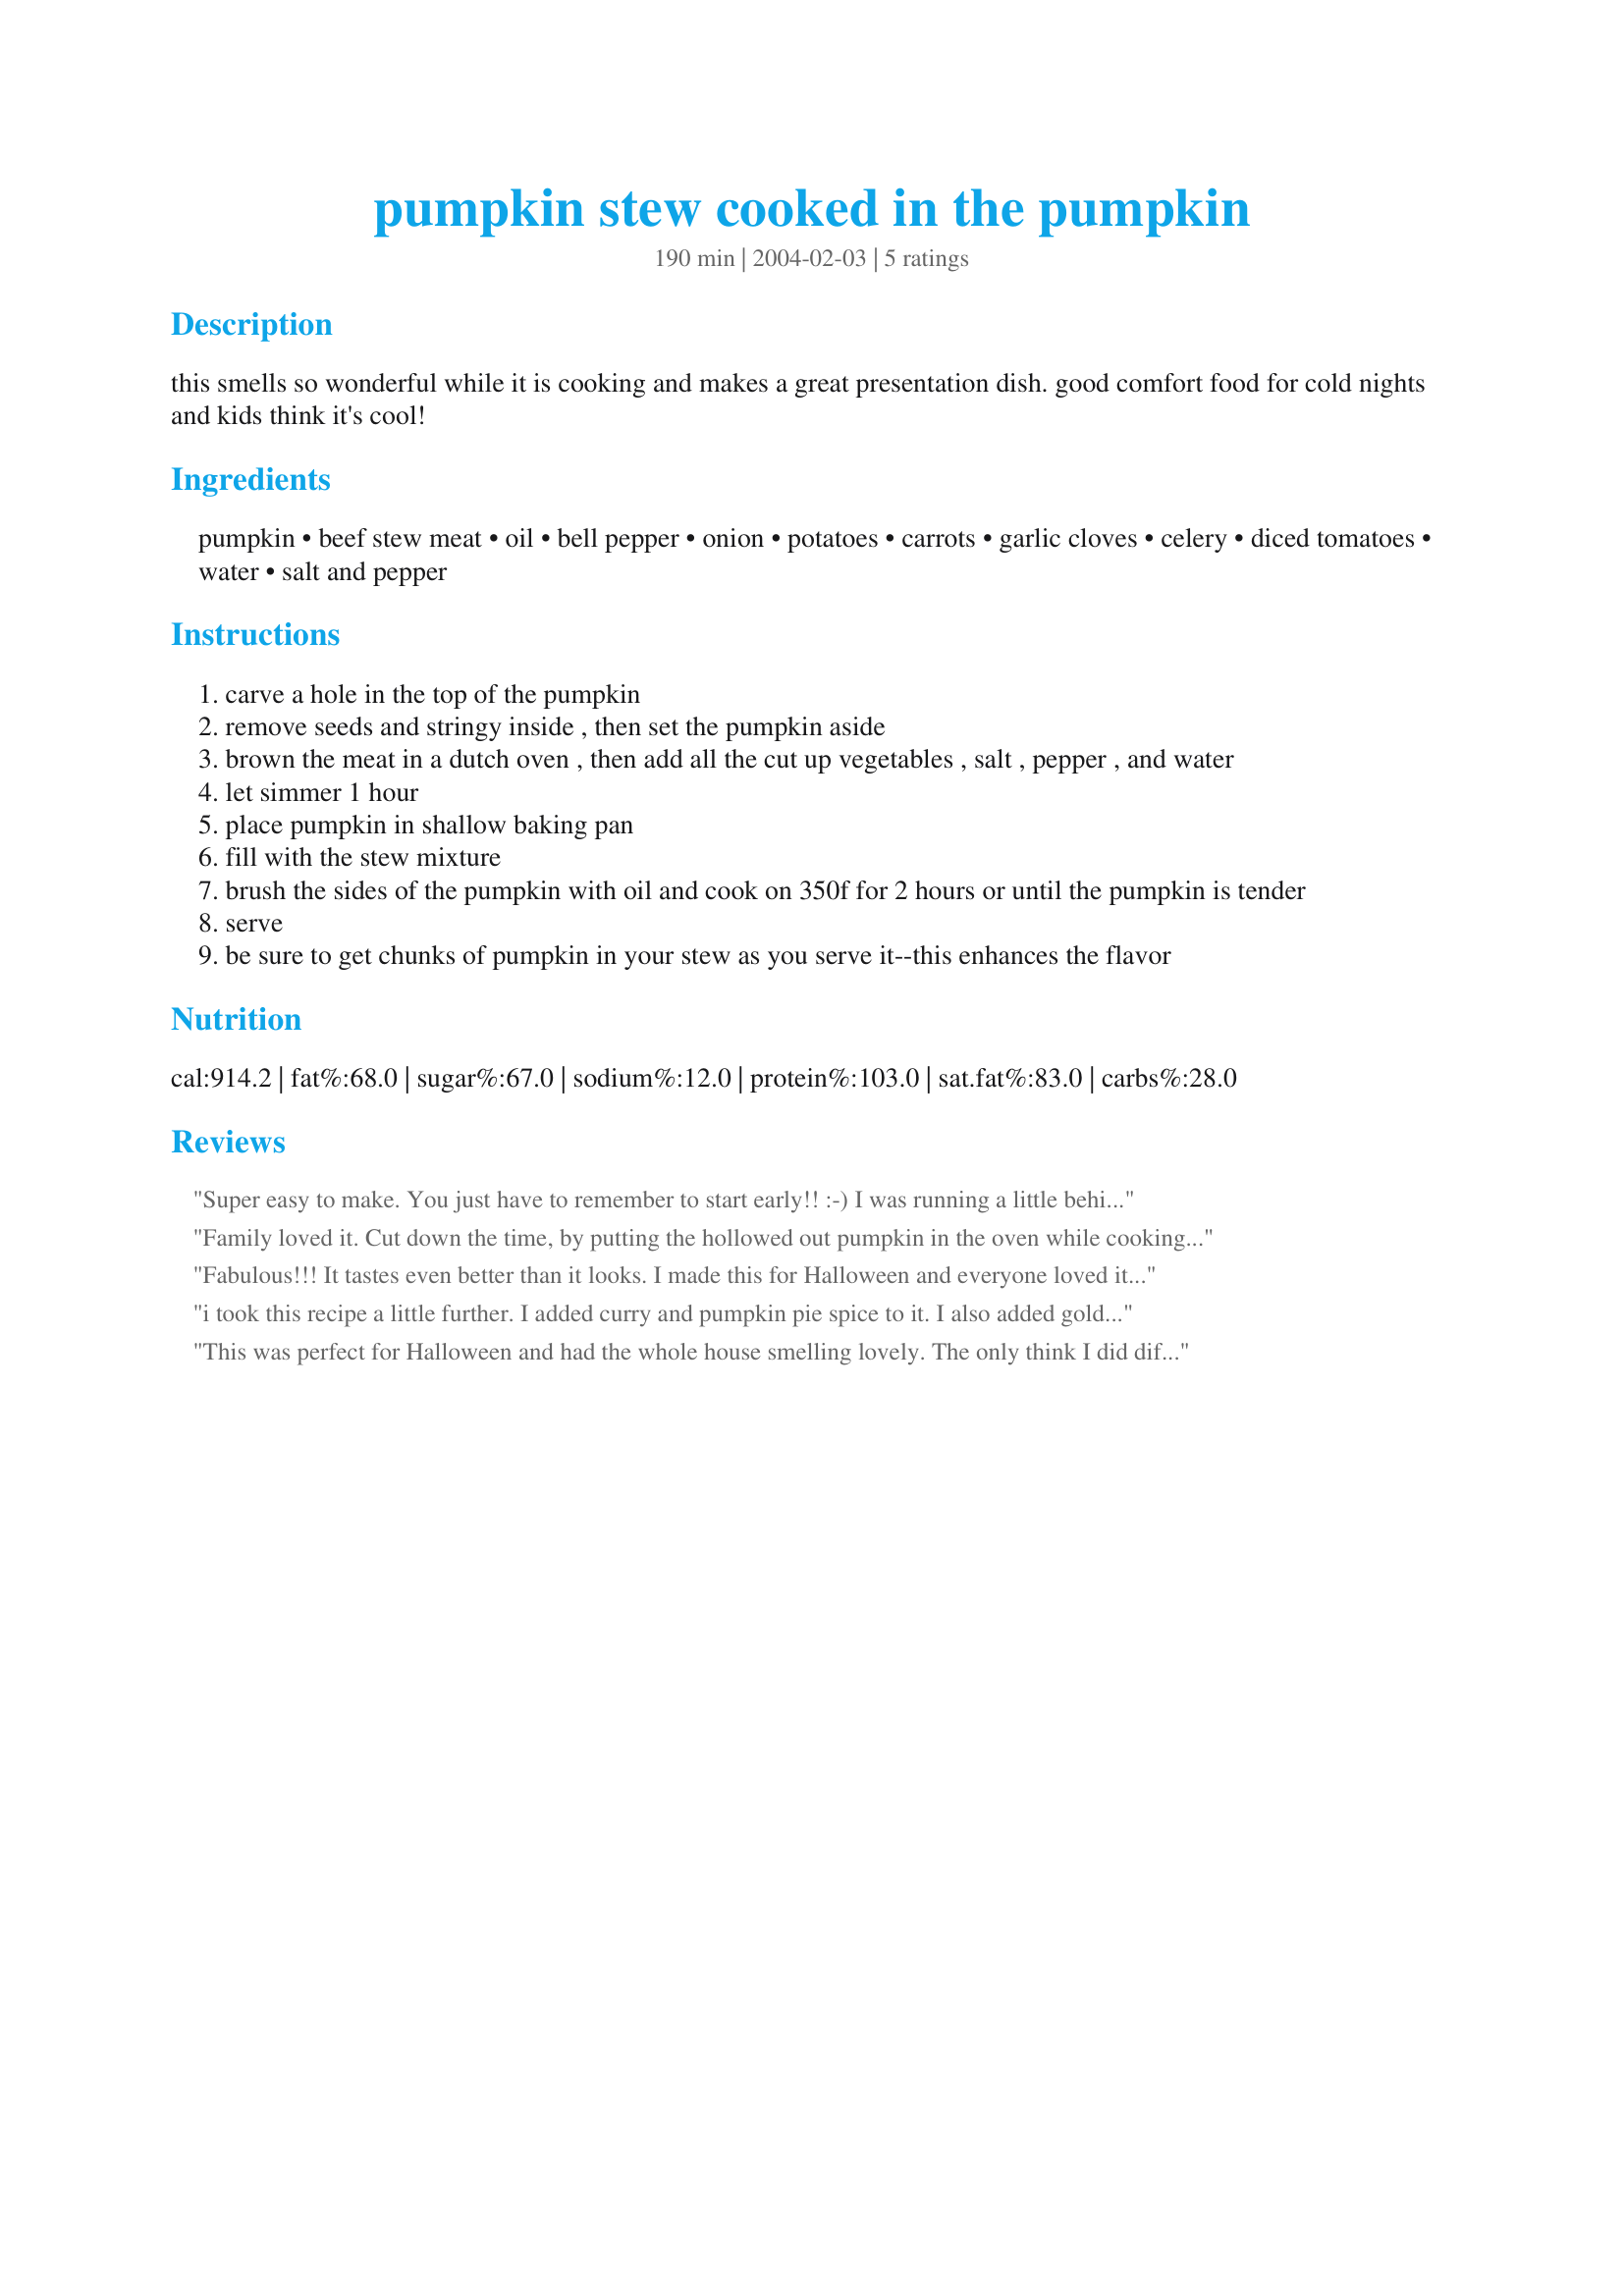
pumpkin stew cooked in the pumpkin
Preparation time: 190 minutes

this smells so wonderful while it is cooking and makes a great presentation dish. good comfort food for cold nights and kids think it's cool!

Ingredients:
pumpkin, beef stew meat, oil, bell pepper, onion, potatoes, carrots, garlic cloves, celery, diced tomatoes, water, salt and pepper

Steps:
carve a hole in the top of the pumpkin
remove seeds and stringy inside , then set the pumpkin aside
brown the meat in a dutch oven , then add all the cut up vegetables , salt , pepper , and water
let simmer 1 hour
place pumpkin in shallow baking pan
fill with the stew mixture
brush the sides of the pumpkin with oil and cook on 350f for 2 hours or until the pumpkin is tender
serve
be sure to get chunks of pumpkin in your stew as you serve it--this enhances the flavor

Reviews:
Super easy to make. You just have to remember to start early!! :-) I was running a little behind time so put the pumpkin in the oven as I started making the beef mix, and I didn't oil the outside of the pumpkin. This cut the time by 1 hour. I also forgot to put the pumpkin on a tray, so when it was cooked, it took my husband and me together to put the pumpkin on a tray without the bottom falling out!!! What fun! We ate it with buns on the side and herb salt lightly sprinkled over the top. Delic. This would be a great recipe where you can make any mince mixture you like and then put it in the pumpkin.
Family loved it. Cut down the time, by putting the hollowed out pumpkin in the oven while cooking the meat mix. Used lamb mince instead of beef for no other reason than that was what I had in the freezer. Very yummy - thanks
Fabulous!!! It tastes even better than it looks. I made this for Halloween and everyone loved it. The only change I made was to use a little more beef since we're a bunch of carnivores. :)
i took this recipe a little further. I added curry and pumpkin pie spice to it. I also added gold raisins and dried cherries. I also added a half a sweet potatoe chopped. the smells while baking were heavenly.
This was perfect for Halloween and had the whole house smelling lovely. The only think I did differently was to add 2 bay leaves and a little bit of rosemary. Thank you for posting such a fun recipe and I can't wait to make it for Halloween next year!
